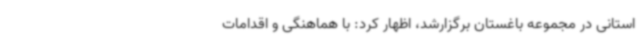
استانی در مجموعه باغستان برگزارشد، اظهار کرد: با هماهنگی و اقدامات